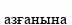
азғанына